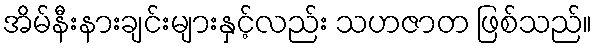
အိမ်နီးနားချင်းများနှင့်လည်း သဟဇာတ ဖြစ်သည်။